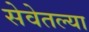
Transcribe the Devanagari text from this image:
सेवेतल्या